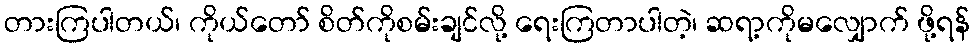
တားကြပါတယ်၊ ကိုယ်တော် စိတ်ကိုစမ်းချင်လို့ ရေးကြတာပါတဲ့၊ ဆရာ့ကိုမလျှောက် ဖို့ရန်